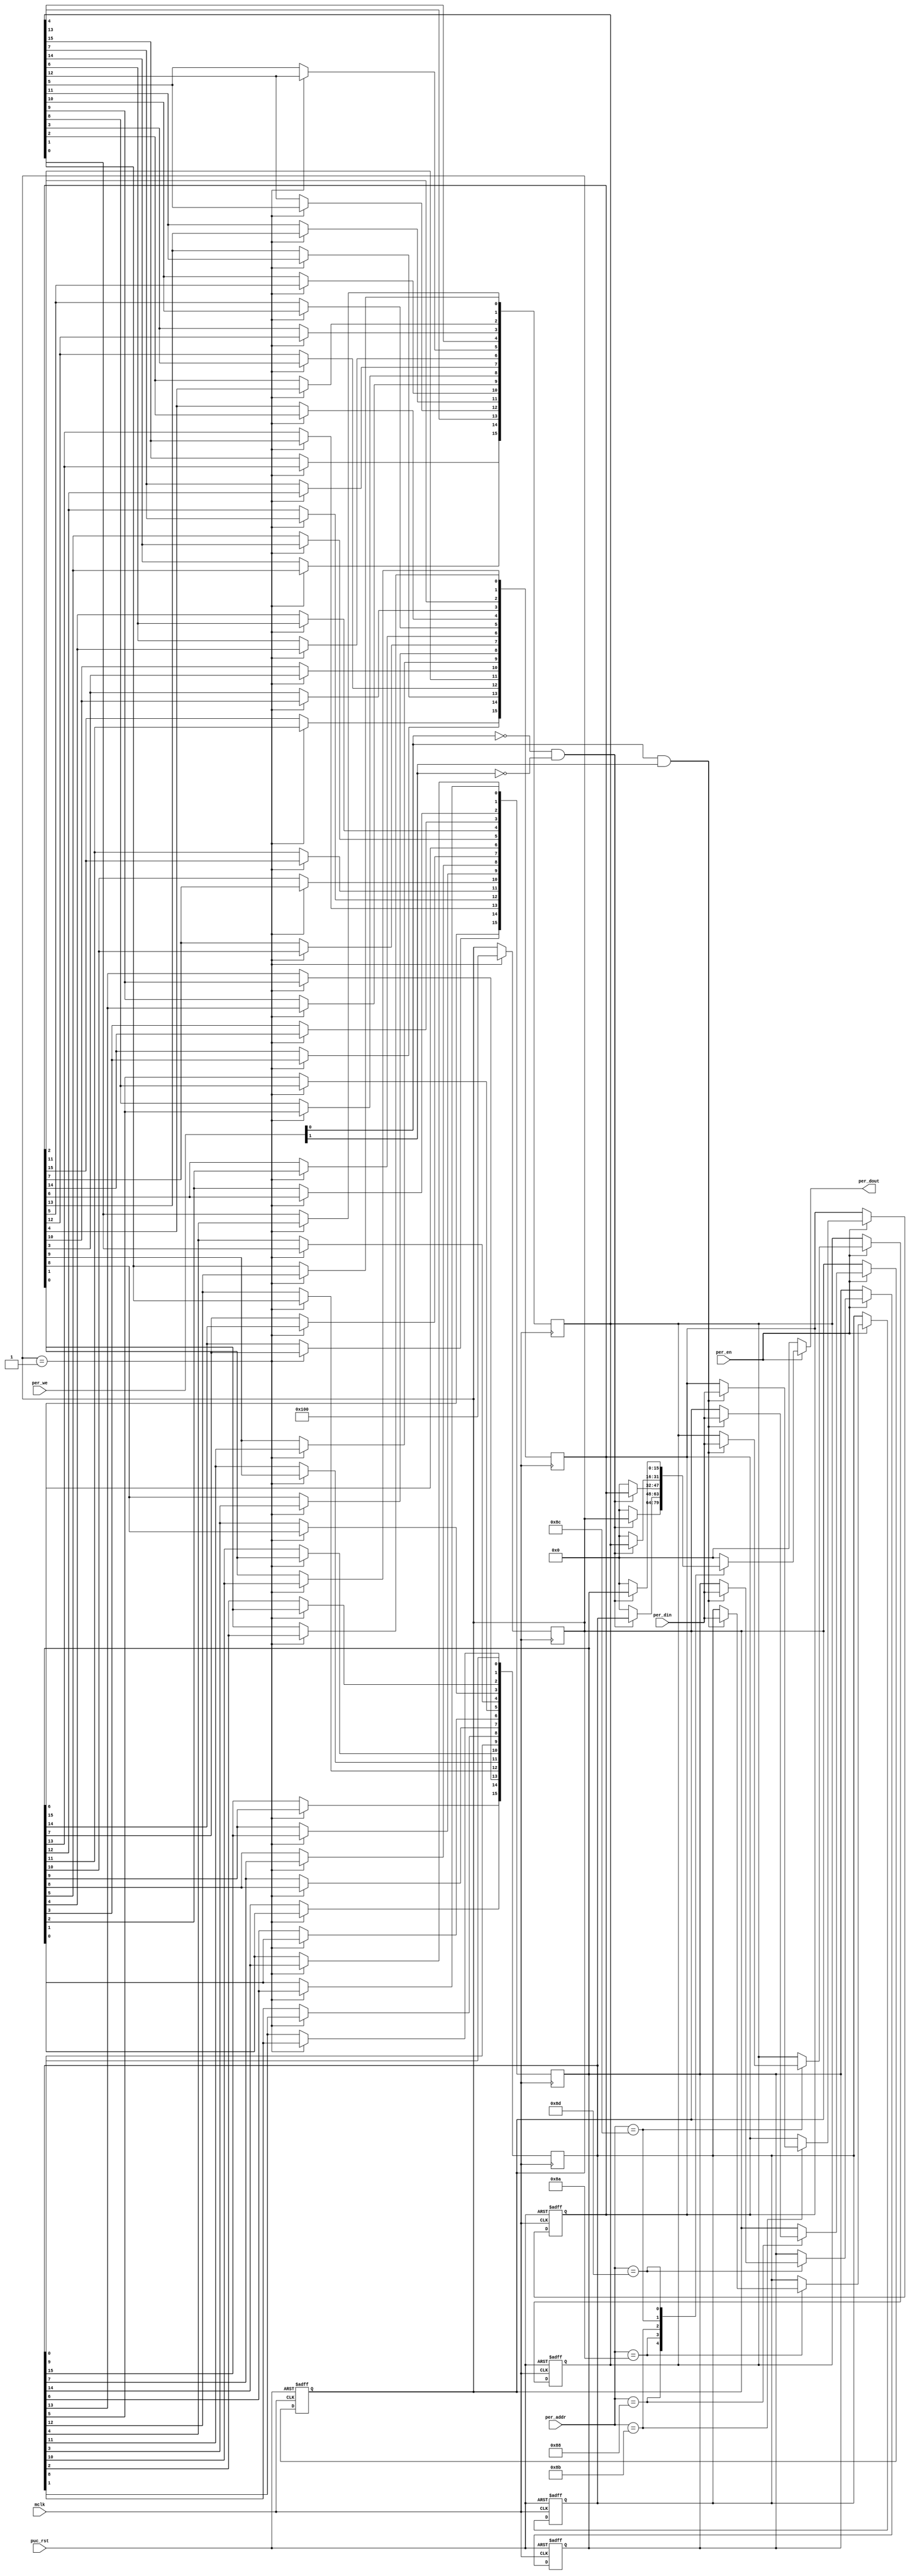
module transpose_support (
              	  output [15:0] per_dout,  	// data output
		          input         mclk,      		// system clock
		          input  [13:0] per_addr,  		// address bus  
		          input  [15:0] per_din,   		// data input
		          input         per_en,   		// active bus cycle enable
		          input [1:0]   per_we,    		// write control
		          input         puc_rst    		// power-up clear reset 
		         );

   reg [15:0] 		    done_rdy;    			// mapped to 0x110
   reg [15:0] 		    done_rdy_next;     
   reg [15:0] 		    r3;         	 		// mapped to 0x114
   reg [15:0] 		    r3_next;
   reg [15:0] 		    r4;          			// mapped to 0x116
   reg [15:0] 		    r4_next;
   reg [15:0] 		    r5;          			// mapped to 0x118
   reg [15:0] 		    r5_next;
   reg [15:0] 		    r6;          			// mapped to 0x11A
   reg [15:0] 		    r6_next;
   reg [15:0] 		    dmux;
   integer i, j;
   
   always @(posedge mclk or posedge puc_rst)
    begin
       if (puc_rst)
	 begin
	    done_rdy <= 16'b0;
	    r3       <= 16'b0;
	    r4       <= 16'b0;
	    r5       <= 16'b0;
	    r6       <= 16'b0;
	 end else begin
	    done_rdy <= done_rdy_next;
	    r3       <= r3_next;
	    r4       <= r4_next;
	    r5       <= r5_next;
	    r6       <= r6_next;
	 end
    end
    
   always @(posedge mclk)
     begin   
       if(done_rdy == 1'b1)
         begin
	   r3[0]    <= r3[0]; 
	   r3[1]    <= r3[8];
	   r3[2]    <= r4[0];
	   r3[3]    <= r4[8];
	   r3[4]    <= r5[0];
	   r3[5]    <= r5[8];
	   r3[6]    <= r6[0];
	   r3[7]    <= r6[8];
	   r3[8]    <= r3[1];
	   r3[9]    <= r3[9];
	   r3[10]   <= r4[1];
	   r3[11]   <= r4[9];
	   r3[12]   <= r5[1];
	   r3[13]   <= r5[9];
	   r3[14]   <= r6[1];
	   r3[15]   <= r6[9];
	   r4[0]    <= r3[2];
	   r4[1]    <= r3[10];
	   r4[2]    <= r4[2];
	   r4[3]    <= r4[10];
	   r4[4]    <= r5[2];
	   r4[5]    <= r5[10];
	   r4[6]    <= r6[2];
	   r4[7]    <= r6[10];
	   r4[8]    <= r3[3];
	   r4[9]    <= r3[11];
	   r4[10]   <= r4[3];
	   r4[11]   <= r4[11];
	   r4[12]   <= r5[3];
	   r4[13]   <= r5[11];
	   r4[14]   <= r6[3];
	   r4[15]   <= r6[11];
	   r5[0]    <= r3[4]; 
	   r5[1]    <= r3[12];
	   r5[2]    <= r4[4];
	   r5[3]    <= r4[12];
	   r5[4]    <= r5[4];
	   r5[5]    <= r5[12];
	   r5[6]    <= r6[4];
	   r5[7]    <= r6[12];
	   r5[8]    <= r3[5];
	   r5[9]    <= r3[13];
	   r5[10]   <= r4[5];
	   r5[11]   <= r4[13];
	   r5[12]   <= r5[5];
	   r5[13]   <= r5[13];
	   r5[14]   <= r6[5];
	   r5[15]   <= r6[13];
	   r6[0]    <= r3[6]; 
	   r6[1]    <= r3[14];
	   r6[2]    <= r4[6];
	   r6[3]    <= r4[14];
	   r6[4]    <= r5[6];
	   r6[5]    <= r5[14];
	   r6[6]    <= r6[6];
	   r6[7]    <= r6[14];
	   r6[8]    <= r3[7];
	   r6[9]    <= r3[15];
	   r6[10]   <= r4[7];
	   r6[11]   <= r4[15];
	   r6[12]   <= r5[7];
	   r6[13]   <= r5[15];
	   r6[14]   <= r6[7];
	   r6[15]   <= r6[15];
       done_rdy <= 16'h0100;
         end
     end
   
   always @*
     begin	
	done_rdy_next  = done_rdy;
	r3_next   = r3;
	r4_next   = r4;
	r5_next   = r5;
	r6_next   = r6;
	dmux      = 16'h0;	
	if (per_en)
	  begin
	     // write
	     case (per_addr)
	       14'h88 : done_rdy_next   =  ( per_we[0] &  per_we[1] ) ? per_din : done_rdy;
	       14'h8a : r3_next         =  ( per_we[0] &  per_we[1] ) ? per_din : r3;
	       14'h8b : r4_next         =  ( per_we[0] &  per_we[1] ) ? per_din : r4;
	       14'h8c : r5_next         =  ( per_we[0] &  per_we[1] ) ? per_din : r5;
	       14'h8d : r6_next         =  ( per_we[0] &  per_we[1] ) ? per_din : r6;
	     endcase
	     // read
	     case (per_addr)
	       14'h88 : dmux = ( ~per_we[0] & ~per_we[1] ) ? done_rdy : 16'h0;
	       14'h8a : dmux = ( ~per_we[0] & ~per_we[1] ) ? r3       : 16'h0;
	       14'h8b : dmux = ( ~per_we[0] & ~per_we[1] ) ? r4       : 16'h0;
	       14'h8c : dmux = ( ~per_we[0] & ~per_we[1] ) ? r5       : 16'h0;
	       14'h8d : dmux = ( ~per_we[0] & ~per_we[1] ) ? r6       : 16'h0;
	     endcase
	  end
     end
   
   assign per_dout = dmux;

endmodule